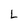
Character: L